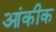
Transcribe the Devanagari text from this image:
आंकीक